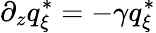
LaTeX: \partial_{z}q_{\xi}^{*}=-\gamma q_{\xi}^{*}